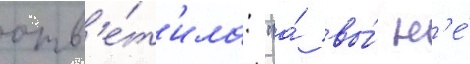
отв'е́т'ила: "а́ вы́ н'е́